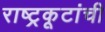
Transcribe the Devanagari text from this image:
राष्ट्रकूटांची